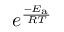
e ^ { \frac { - E _ { \mathrm { { a } } } } { R T } }